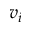
v _ { i }